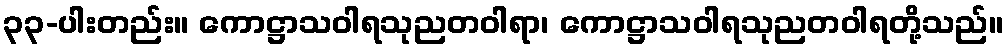
၃၃-ပါးတည်း။ ကောဋ္ဌာသဝါရသုညတဝါရာ၊ ကောဋ္ဌာသဝါရသုညတဝါရတို့သည်။